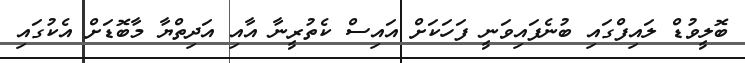
ބޮލީވުޑް ލައިފްގައި ބުނެފައިވަނީ ފަހަކަށް އައިސް ކެތުރީނާ އާއި އަދިތްޔާ މާބޮޑަށް އެކުގައި